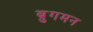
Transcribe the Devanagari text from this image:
ब्रुगमन